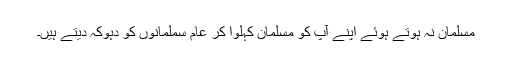
مسلمان نہ ہوتے ہوئے اپنے آپ کو مسلمان کہلوا کر عام سملمانوں کو دہوکہ دیتے ہیں۔